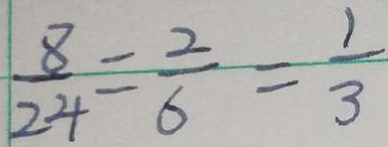
\frac { 8 } { 2 4 } = \frac { 2 } { 6 } = \frac { 1 } { 3 }